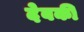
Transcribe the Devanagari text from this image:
देबकी